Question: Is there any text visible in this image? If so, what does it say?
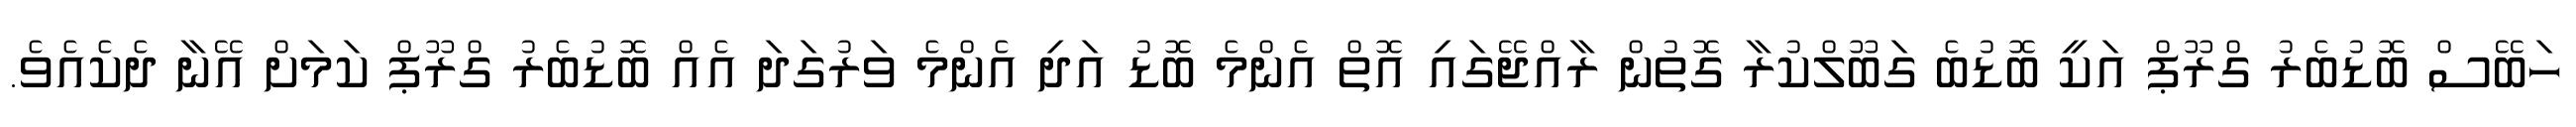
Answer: ހަބޭސް ބޮޑުބެރު ގްރޫޕް އަކީ ބޮޑުބެ ގަބޫލްކުރާ ގޮތުން ރާއްޖޭގައި އޮތް އެންމެ ބޮޑު އަދި އެންމެ ވަރުގަދަ އެއް ބޮޑުބެރު ގްރޫޕް ކަމަށް އޭނާ ދެކެއެވެ.